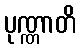
ပုဏ္ဏာတိ